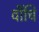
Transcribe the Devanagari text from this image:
वींचि